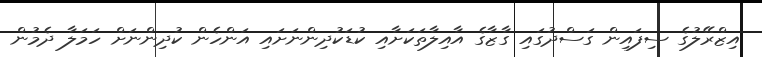
އިޒްރޭލުގެ ސިފައިން ގަސްދުގައި ގާޒާގެ އާއިލާތަކަށާއި ކުޑަކުދިންނަށައި އަންހެން ކުދިންނަށް ހަމަލާ ދެމުން